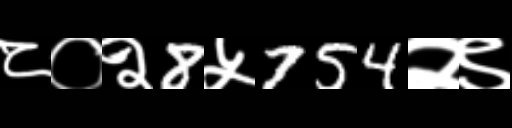
Text: ८०२8५754२९